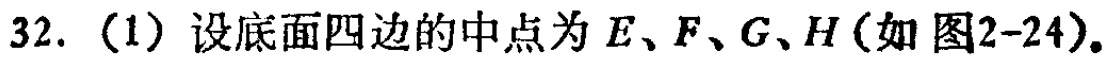
32.（1）设底面四边的中点为\(E\)、\(F\)、\(G\)、\(H\)（如图2 - 24）。